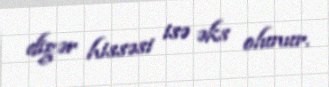
digər hissəsi isə əks olunur.